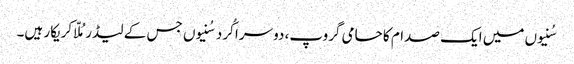
سُنیوں میں ایک صدام کا حامی گروپ، دوسرا کُرد سُنیوں جس کے لیڈرمُلّا کریکار ہیں۔